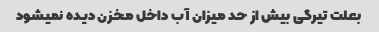
بعلت تیرگی بیش از حد میزان آب داخل مخزن دیده نمیشود